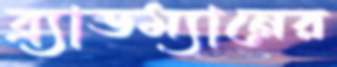
ব্র্যাডম্যানের